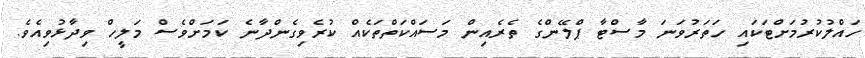
ހައްލުކުރުމަށްޓަކައި ހަތަރުވަނަ މާސްޓާ ޕްލޭންގެ ތެރެއިން މަސައްކަތްތަކެއް ކުރެވިގެންދާނެ ކަމަށްވެސް މަލީހް ވިދާޅުވިއެވެ.